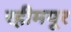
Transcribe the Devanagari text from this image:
रहीमपूर